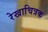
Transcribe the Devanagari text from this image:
रेखाचित्रक